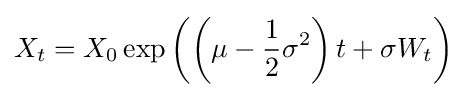
X_{t}=X_{0}\exp \left(\left(\mu -{\frac {1}{2}}\sigma ^{2}\right)t+\sigma W_{t}\right)